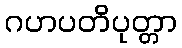
ဂဟပတိပုတ္တာ